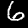
Digit: 6